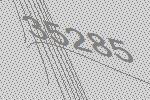
35285